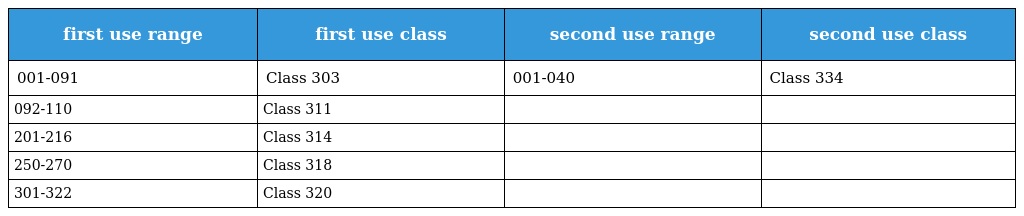
| first use range | first use class | second use range | second use class |
 | --- | --- | --- | --- |
 | 001-091 | Class 303 | 001-040 | Class 334 |
 | 092-110 | Class 311 |  |  |
 | 201-216 | Class 314 |  |  |
 | 250-270 | Class 318 |  |  |
 | 301-322 | Class 320 |  |  |